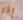
إثر